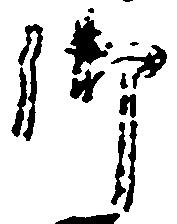
御